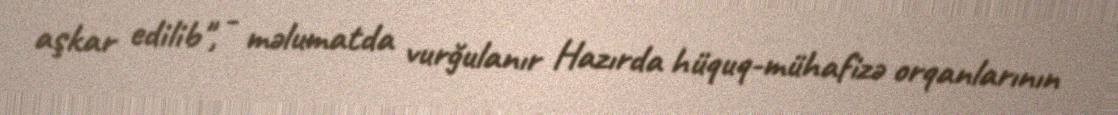
aşkar edilib", - məlumatda vurğulanır Hazırda hüquq-mühafizə orqanlarının